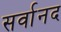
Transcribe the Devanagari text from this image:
सर्वानद